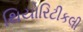
થિયોરિટીકલી